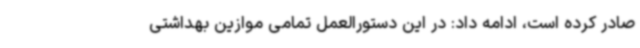
صادر کرده است، ادامه داد: در این دستورالعمل‌ تمامی موازین بهداشتی